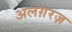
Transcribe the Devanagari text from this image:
अलग़रज़